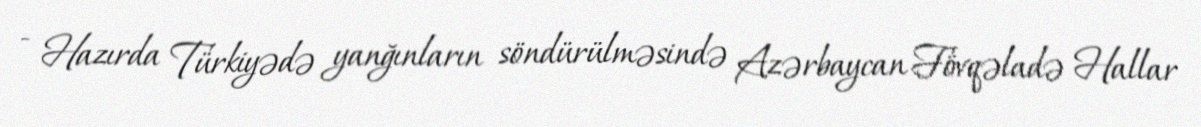
- Hazırda Türkiyədə yanğınların söndürülməsində Azərbaycan Fövqəladə Hallar